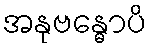
အနုဗန္ဓောပိ